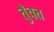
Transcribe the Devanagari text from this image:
तुँचत्त